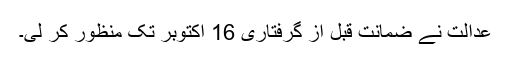
عدالت نے ضمانت قبل از گرفتاری 16 اکتوبر تک منظور کر لی۔